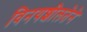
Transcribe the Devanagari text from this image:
विनयशीलतेने